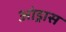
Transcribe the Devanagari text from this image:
आंड्रास